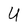
Character: U